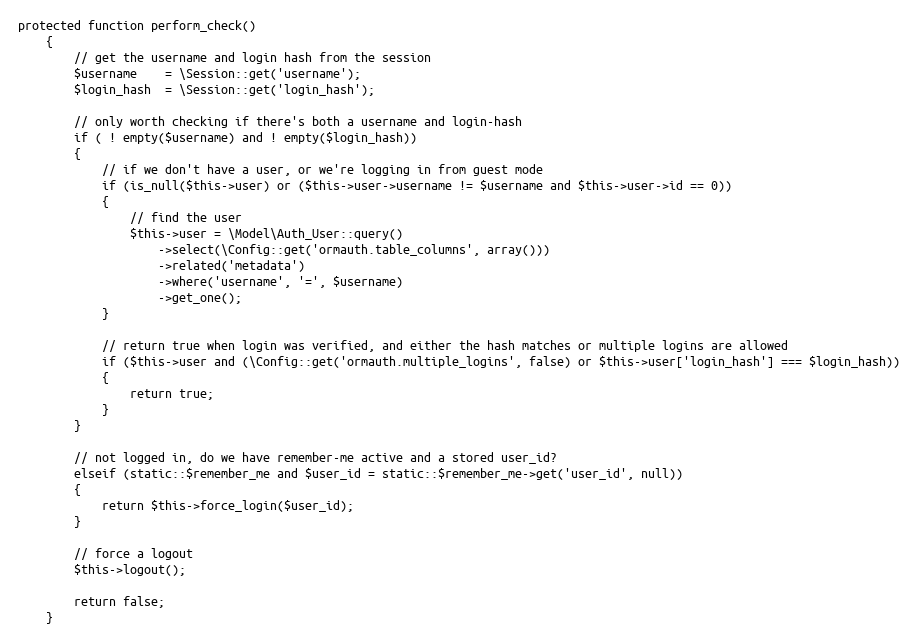
Language: PHP
protected function perform_check()
	{
		// get the username and login hash from the session
		$username    = \Session::get('username');
		$login_hash  = \Session::get('login_hash');

		// only worth checking if there's both a username and login-hash
		if ( ! empty($username) and ! empty($login_hash))
		{
			// if we don't have a user, or we're logging in from guest mode
			if (is_null($this->user) or ($this->user->username != $username and $this->user->id == 0))
			{
				// find the user
				$this->user = \Model\Auth_User::query()
					->select(\Config::get('ormauth.table_columns', array()))
					->related('metadata')
					->where('username', '=', $username)
					->get_one();
			}

			// return true when login was verified, and either the hash matches or multiple logins are allowed
			if ($this->user and (\Config::get('ormauth.multiple_logins', false) or $this->user['login_hash'] === $login_hash))
			{
				return true;
			}
		}

		// not logged in, do we have remember-me active and a stored user_id?
		elseif (static::$remember_me and $user_id = static::$remember_me->get('user_id', null))
		{
			return $this->force_login($user_id);
		}

		// force a logout
		$this->logout();

		return false;
	}